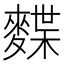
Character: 𪍐